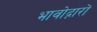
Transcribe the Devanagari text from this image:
भावोद्गारों